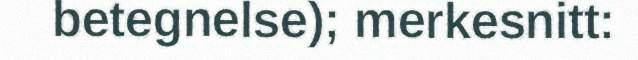
betegnelse); merkesnitt: